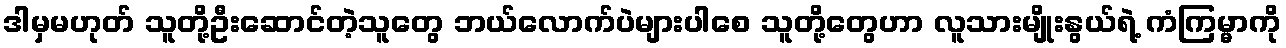
ဒါမှမဟုတ် သူတို့ဦးဆောင်တဲ့သူတွေ ဘယ်လောက်ပဲများပါစေ သူတို့တွေဟာ လူသားမျိုးနွယ်ရဲ့ ကံကြမ္မာကို